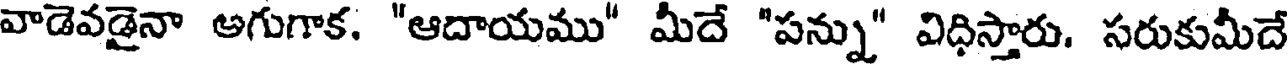
వాడెవడైనా అగుగాక. "ఆదాయము" మీదే "పన్ను" విధిస్తారు. సరుకుమీదే